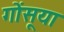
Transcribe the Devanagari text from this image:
गोंसूया